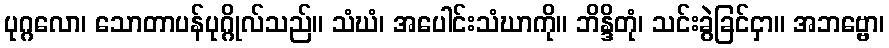
ပုဂ္ဂလော၊ သောတာပန်ပုဂ္ဂိုလ်သည်။ သံဃံ၊ အပေါင်းသံဃာကို။ ဘိန္ဒိတုံ၊ သင်းခွဲခြင်ငှာ။ အဘဗ္ဗော၊